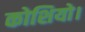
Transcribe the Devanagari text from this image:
कोशियो।